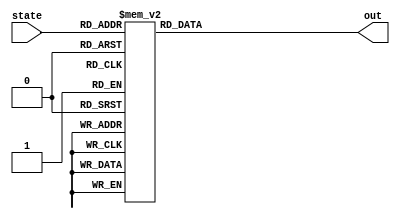
module controllerROM (
  input [3:0] state,
  output reg [39:0] out
);

  always @ ( out or state ) begin
    case (state)
    // TODO: refer to lecture note, page 58
    4'b0000: out = 40'b0000010001000100010000000000000001000000;  // 0
    4'b0001: out = 40'b0000010001001000101000000000010000100000;  // 1
    4'b0010: out = 40'b0000110011001000100000000010000000001100;  // 2
    4'b0011: out = 40'b0000110011010001000000000000001000000000;  // 3
    4'b0100: out = 40'b0001000100010101010010000000100000000000;  // 4
    4'b0101: out = 40'b1101101001101111100000000000000000000000;  // 5
    4'b0110: out = 40'b0001100110011101110100000000010000000000;  // 6
    4'b0111: out = 40'b0010001000011101110000000010001000001100;  // 7
    4'b1000: out = 40'b0000010001000100010001010100000010000001;  // 8
    4'b1001: out = 40'b0010101010101010100100000000010100000010;  // 9
    4'b1010: out = 40'b0000010001101010100000000011000000000100;  // 10
    4'b1011: out = 40'b0011001100110011000100000000010000000000;  // 11
    4'b1100: out = 40'b0011011101110011000000000010001000001100;  // 12
    4'b1101: out = 40'b0000010001000100010001111000000010000001;  // 13
    4'b1110: out = 40'b0000011111000111110000000000000000000000;  // 14
    4'b1111: out = 40'b0000010001000100010100000000000000010000;  // 15
    endcase
  end
  
  /*
  always @ ( out or state ) begin
    case (state)
    // TODO: refer to lecture note, page 58
    4'b0000: out = 40'b0000010001000100010000000000000001000000;
    4'b0001: out = 40'b0000010001001000101000000000010000100000;  // 1
    4'b0010: out = 40'b0000110011001000100000000010000000001100;  // 2
    4'b0011: out = 40'b0000110011010001000000000000001000000000;  // 3
    4'b0100: out = 40'b0001000100010101010010000000100000000000;  // 4
    4'b0101: out = 40'b1101101001101111100000000000000000000000;  // 5
    4'b0110: out = 40'b0001100110011101110100000000010000000000;  // 6
    4'b0111: out = 40'b0010001000011101110000000010000000001100;  // 7
    4'b1000: out = 40'b0000010001000100010001010100001010000001;  // 8
    4'b1001: out = 40'b0010101010101010100100000000010100000010;  // 9
    4'b1010: out = 40'b0000010001101010100000000011000000000100;  // 10
    4'b1011: out = 40'b0011001100110011000100000000010000000000;  // 11
    4'b1100: out = 40'b0011011101110011000000000010000000001100;  // 12
    4'b1101: out = 40'b0000010001000100010001111000001010000001;  // 13
    4'b1110: out = 40'b0000011111000111110000000000000000000000;  // 14
    4'b1111: out = 40'b0000010001000100010100000000000000010000;  // 15

    endcase
  end
  */
  

endmodule